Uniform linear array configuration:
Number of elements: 64
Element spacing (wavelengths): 0.25
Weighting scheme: binomial
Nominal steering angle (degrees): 30
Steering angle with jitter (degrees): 29.937
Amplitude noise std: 0.05
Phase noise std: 0.05

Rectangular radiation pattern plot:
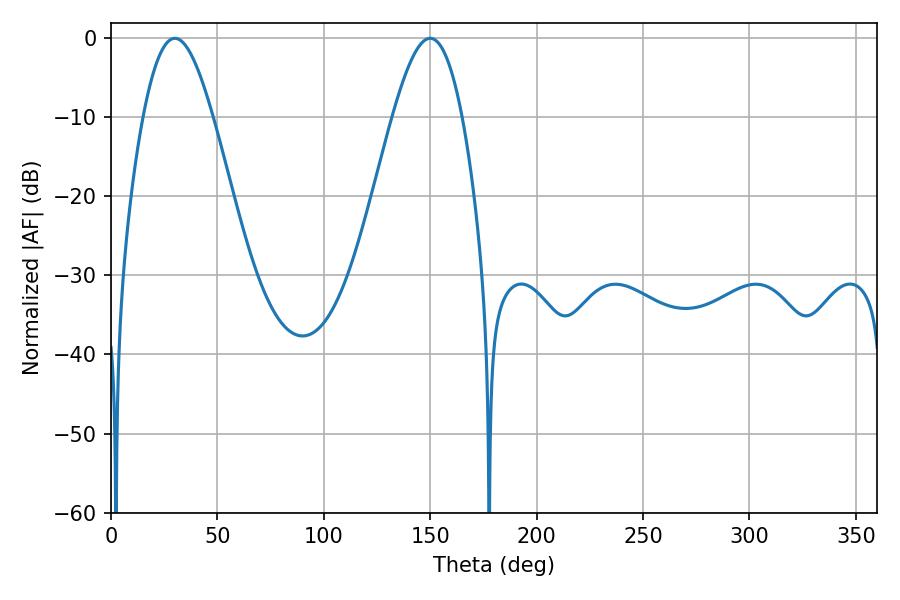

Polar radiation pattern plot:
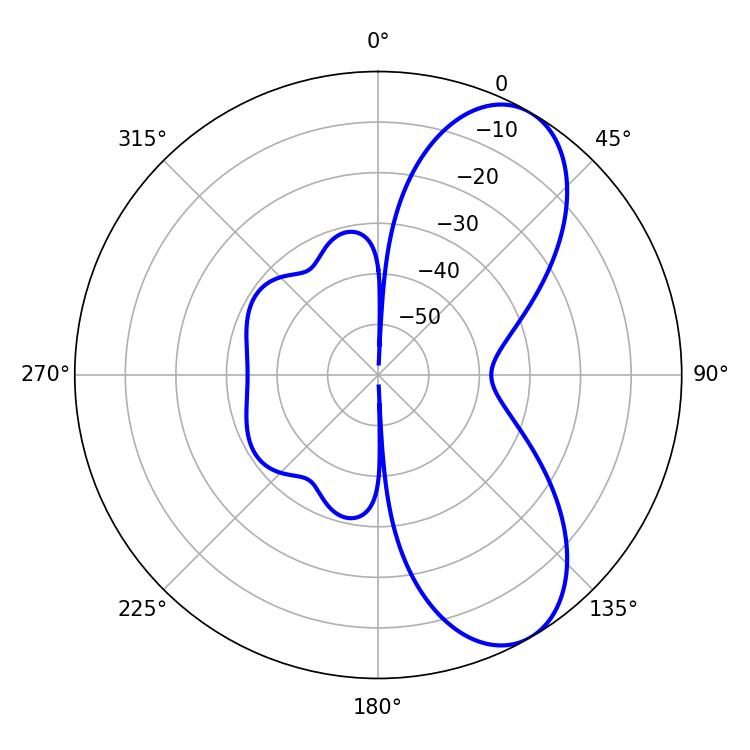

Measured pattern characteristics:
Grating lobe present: FALSE
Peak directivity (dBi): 7.688
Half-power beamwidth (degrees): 17.64
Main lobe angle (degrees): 30.06